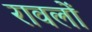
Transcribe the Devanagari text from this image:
रावलों